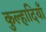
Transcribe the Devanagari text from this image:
कुल्हादियाँ